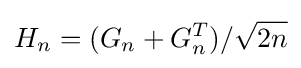
H_{n}=(G_{n}+G_{n}^{T})/{\sqrt {2n}}